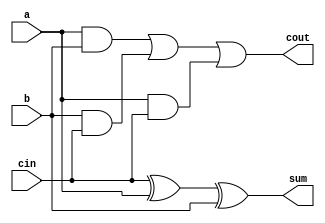
module Full_add(a,b,cin,sum,cout);
  output sum,cout;
  input a,b,cin;
  wire w1,w2,w3;
  xor g1(sum,cin,a,b);
  and g2(w1,a,b);
  and g3(w2,b,cin);
  and g4(w3,a,cin);
  or g5(cout,w1,w2,w3);
endmodule